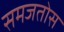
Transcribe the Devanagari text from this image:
समजतोस